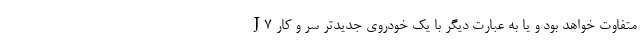
J7 متفاوت خواهد بود و یا به عبارت دیگر با یک خودروی جدیدتر سر و کار